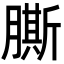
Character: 𦠭